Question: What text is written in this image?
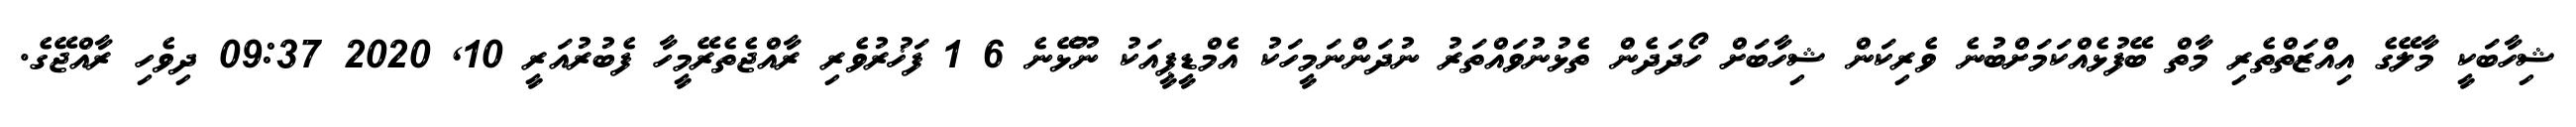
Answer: ޝިހާބަކީ މާލޭގެ އިއްޒަތްތެރި މާތް ބޭފުޅެއްކަމަށްބުނެ ވެރިކަން ޝިހާބަށް ހޯދަދެން ތެޅުނުވައްތަރު ނުދަންނަމީހަކު އެމްޑީޕީއަކު ނޫޅޭނެ 6 1 ފަޚުރުވެރި ރާއްޖެތެރޭމީހާ ފެބުރުއަރީ 10, 2020 09:37 ދިވެހި ރާއްޖޭގެ.